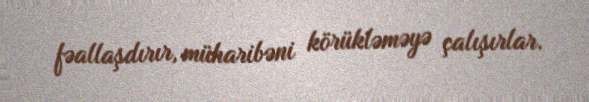
fəallaşdırır, müharibəni körükləməyə çalışırlar.